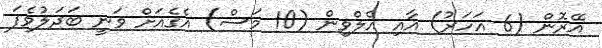
އޭރޮން (6 އަހަރު) އާއި އެލްވިން (10 މަސް) އެގެއަށް ވަނީ ބަދަލުވެފަ